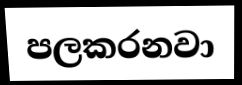
පලකරනවා